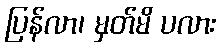
ပြန်လာ၊ မှတ်မိ ပလား